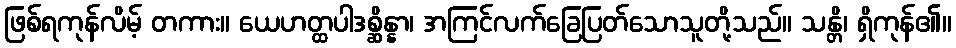
ဖြစ်ရကုန်လိမ့် တကား။ ယေဟတ္ထပါဒစ္ဆိန္နာ၊ အကြင်လက်ခြေပြတ်သောသူတို့သည်။ သန္တိ၊ ရှိကုန်၏။